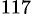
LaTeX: ^{117}